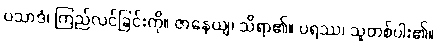
ပသာဒံ၊ ကြည်လင်ခြင်းကို။ ဇာနေယျ၊ သိရာ၏။ ပရဿ၊ သူတစ်ပါး၏။